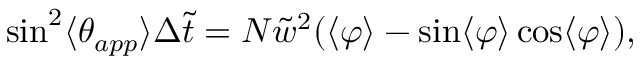
\sin ^ { 2 } \langle \theta _ { a p p } \rangle \Delta \tilde { t } = N { \tilde { w } ^ { 2 } } ( \langle \varphi \rangle - \sin \langle \varphi \rangle \cos \langle \varphi \rangle ) ,